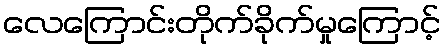
လေကြောင်းတိုက်ခိုက်မှုကြောင့်